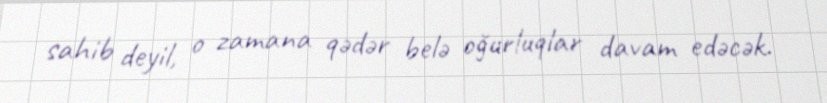
sahib deyil, o zamana qədər belə oğurluqlar davam edəcək.